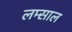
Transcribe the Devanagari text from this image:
लम्साल